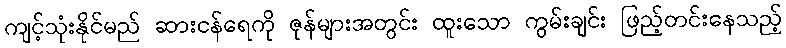
ကျင့်သုံးနိုင်မည် ဆားငန်ရေကို ဇုန်များအတွင်း ထူးသော ကွမ်းချင်း ဖြည့်တင်းနေသည့်